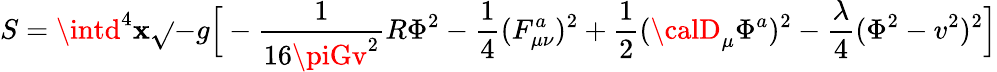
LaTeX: S=\intd^{4}\mathbf{x}\sqrt{}{{-g}}\Big[-{\frac{{1}}{{16\piGv^{2}}}}R\Phi^{2}-{\frac{{1}}{{4}}}(F_{\mu\nu}^{a})^{2}+{\frac{{1}}{{2}}}({\calD}_{\mu}\Phi^{a})^{2}-{\frac{{\lambda}}{{4}}}(\Phi^{2}-v^{2})^{2}\Big]